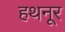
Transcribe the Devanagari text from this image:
हथनूर